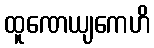
ထူဏေယျကေဟိ